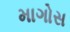
માગોસ